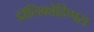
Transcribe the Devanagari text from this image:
डॉलिकोहिप्पस